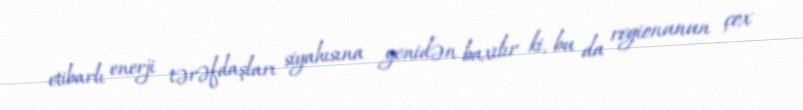
etibarlı enerji tərəfdaşları siyahısına yenidən baxılır ki, bu da regionunun çox